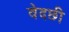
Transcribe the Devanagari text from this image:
वेदछी